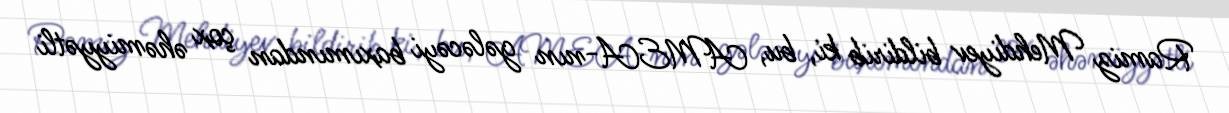
Ramiz Mehdiyev bildirib ki, bu, AMEA-nın gələcəyi baxımından çox əhəmiyyətli